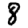
Digit: 8